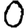
Digit: 0